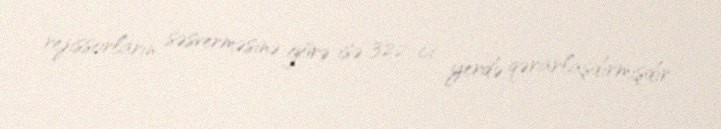
rejissorların səsverməsinə görə isə 322-ci yerdə qərarlaşdırmışdır.